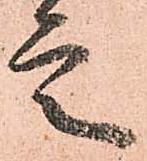
定